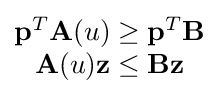
{\begin{matrix}\mathbf {p} ^{T}\mathbf {A} (u)\geq \mathbf {p} ^{T}\mathbf {B} \\\mathbf {A} (u)\mathbf {z} \leq \mathbf {B} {\mathbf {z} }\end{matrix}}